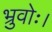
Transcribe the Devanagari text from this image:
भ्रुवोः।